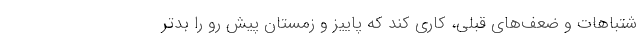
شتباهات و ضعف‌های قبلی، کاری کند که پاییز و زمستان پیش رو را بدتر